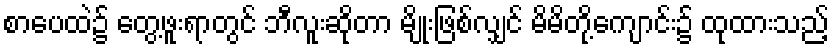
စာပေထဲ၌ တွေ့ဖူးရာတွင် ဘီလူးဆိုတာ မျိုးဖြစ်လျှင် မိမိတို့ကျောင်း၌ ထုထားသည့်